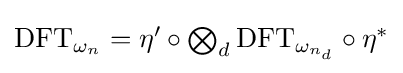
{\textstyle {\text{DFT}}_{\omega _{n}}=\eta '\circ \bigotimes _{d}{\text{DFT}}_{\omega _{n_{d}}}\circ \eta ^{*}}